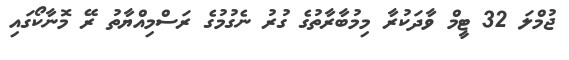
ޖުމްލަ 32 ޓީމް ވާދަކުރާ މިމުބާރާތުގެ ގުރު ނެގުމުގެ ރަސްމިއްޔާތު ރޭ މޮނާކޯގައި